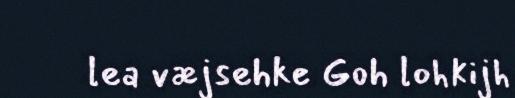
lea væjsehke Goh lohkijh